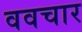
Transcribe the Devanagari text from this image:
ववचार